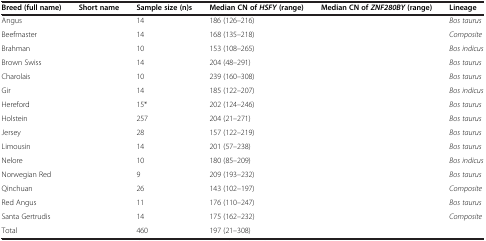
<table><thead><tr><td><b>Breed (full name)</b></td><td><b>Short name</b></td><td><b>Sample size (n)s</b></td><td><b>Median CN of <i>HSFY </i>(range)</b></td><td><b>Median CN of <i>ZNF280BY </i>(range)</b></td><td><b>Lineage</b></td></tr></thead><tbody><tr><td>Angus</td><td>[EMPTY_CELL]</td><td>14</td><td>186 (126–216)</td><td>[EMPTY_CELL]</td><td><i>Bos taurus</i></td></tr><tr><td>Beefmaster</td><td>[EMPTY_CELL]</td><td>14</td><td>168 (135–218)</td><td>[EMPTY_CELL]</td><td><i>Composite</i></td></tr><tr><td>Brahman</td><td>[EMPTY_CELL]</td><td>10</td><td>153 (108–265)</td><td>[EMPTY_CELL]</td><td><i>Bos indicus</i></td></tr><tr><td>Brown Swiss</td><td>[EMPTY_CELL]</td><td>14</td><td>204 (48–291)</td><td>[EMPTY_CELL]</td><td><i>Bos taurus</i></td></tr><tr><td>Charolais</td><td>[EMPTY_CELL]</td><td>10</td><td>239 (160–308)</td><td>[EMPTY_CELL]</td><td><i>Bos taurus</i></td></tr><tr><td>Gir</td><td>[EMPTY_CELL]</td><td>14</td><td>185 (122–207)</td><td>[EMPTY_CELL]</td><td><i>Bos indicus</i></td></tr><tr><td>Hereford</td><td>[EMPTY_CELL]</td><td>15*</td><td>202 (124–246)</td><td>[EMPTY_CELL]</td><td><i>Bos taurus</i></td></tr><tr><td>Holstein</td><td>[EMPTY_CELL]</td><td>257</td><td>204 (21–271)</td><td>[EMPTY_CELL]</td><td><i>Bos taurus</i></td></tr><tr><td>Jersey</td><td>[EMPTY_CELL]</td><td>28</td><td>157 (122–219)</td><td>[EMPTY_CELL]</td><td><i>Bos taurus</i></td></tr><tr><td>Limousin</td><td>[EMPTY_CELL]</td><td>14</td><td>201 (57–238)</td><td>[EMPTY_CELL]</td><td><i>Bos taurus</i></td></tr><tr><td>Nelore</td><td>[EMPTY_CELL]</td><td>10</td><td>180 (85–209)</td><td>[EMPTY_CELL]</td><td><i>Bos indicus</i></td></tr><tr><td>Norwegian Red</td><td>[EMPTY_CELL]</td><td>9</td><td>209 (193–232)</td><td>[EMPTY_CELL]</td><td><i>Bos taurus</i></td></tr><tr><td>Qinchuan</td><td>[EMPTY_CELL]</td><td>26</td><td>143 (102–197)</td><td>[EMPTY_CELL]</td><td><i>Composite</i></td></tr><tr><td>Red Angus</td><td>[EMPTY_CELL]</td><td>11</td><td>176 (110–247)</td><td>[EMPTY_CELL]</td><td><i>Bos taurus</i></td></tr><tr><td>Santa Gertrudis</td><td>[EMPTY_CELL]</td><td>14</td><td>175 (162–232)</td><td>[EMPTY_CELL]</td><td><i>Composite</i></td></tr><tr><td>Total</td><td>[EMPTY_CELL]</td><td>460</td><td>197 (21–308)</td><td>[EMPTY_CELL]</td><td>[EMPTY_CELL]</td></tr></tbody></table>